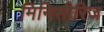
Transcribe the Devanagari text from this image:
मिनिसीरिज